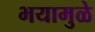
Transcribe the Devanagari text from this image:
भयामुळे